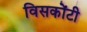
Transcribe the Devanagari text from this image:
विसकोंटी